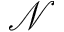
\mathcal { N }